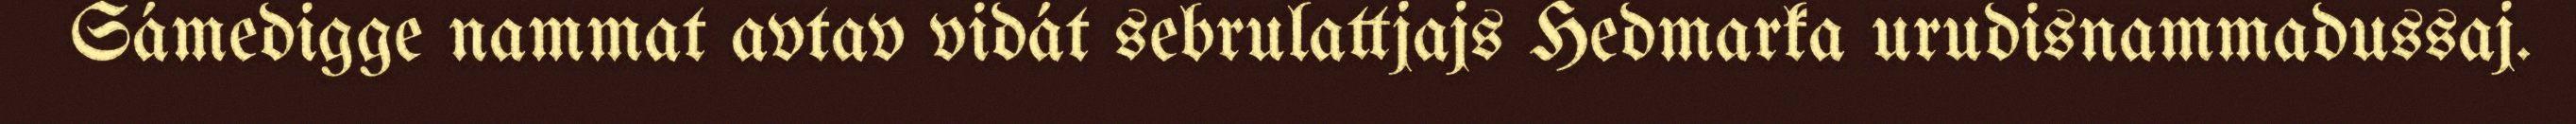
Sámedigge nammat avtav vidát sebrulattjajs Hedmarka urudisnammadussaj.